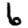
Digit: 6